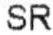
SR